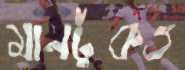
মানটুকও